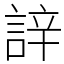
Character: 䛨